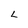
Character: L